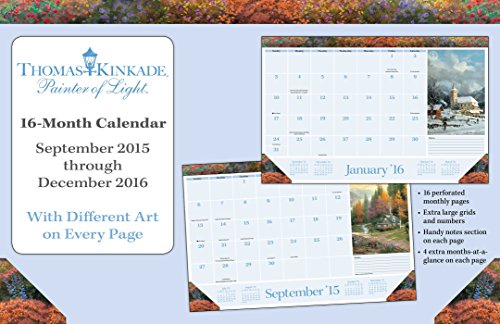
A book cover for Thomas Kinkade Painter of Light 2015-2016 16-Month Desk Pad Calendar: September 2015 through December 2016; Thomas Kinkade; Arts & Photography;